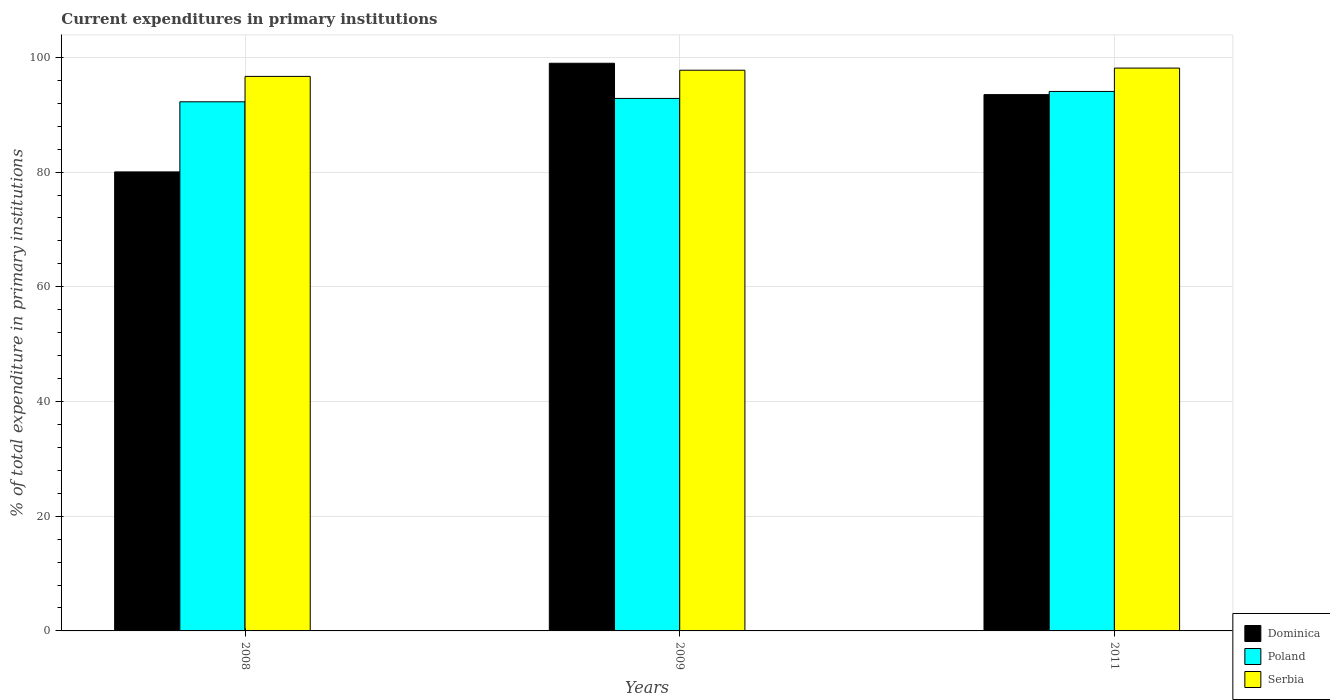
| Years | Dominica | Poland | Serbia |
 | --- | --- | --- | --- |
 | 2008 | 80 | 92.3 | 96.7 |
 | 2009 | 99 | 92.8 | 97.8 |
 | 2011 | 93.5 | 94.1 | 98.1 |